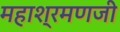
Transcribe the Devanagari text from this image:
महाश्रमणजी